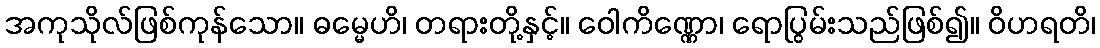
အကုသိုလ်ဖြစ်ကုန်သော။ ဓမ္မေဟိ၊ တရားတို့နှင့်။ ဝေါကိဏ္ဏော၊ ရောပြွမ်းသည်ဖြစ်၍။ ဝိဟရတိ၊